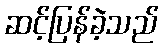
ဆင့်ပြန်ခဲ့သည်